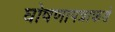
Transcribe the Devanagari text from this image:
घोषणापत्राकडे